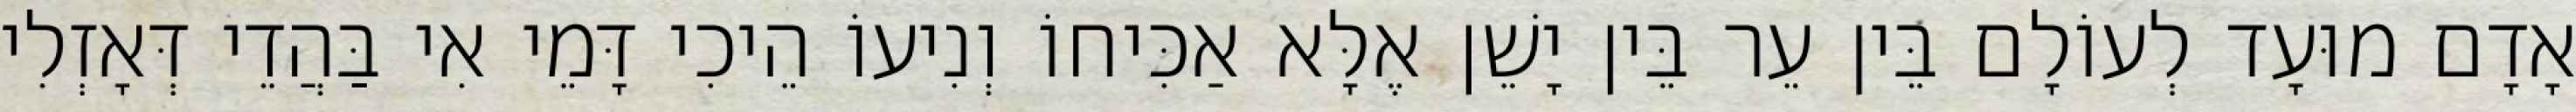
אָדָם מוּעָד לְעוֹלָם בֵּין עֵר בֵּין יָשֵׁן אֶלָּא אַכִּיחוֹ וְנִיעוֹ הֵיכִי דָּמֵי אִי בַּהֲדֵי דְּאָזְלִי